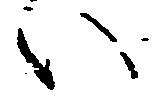
い